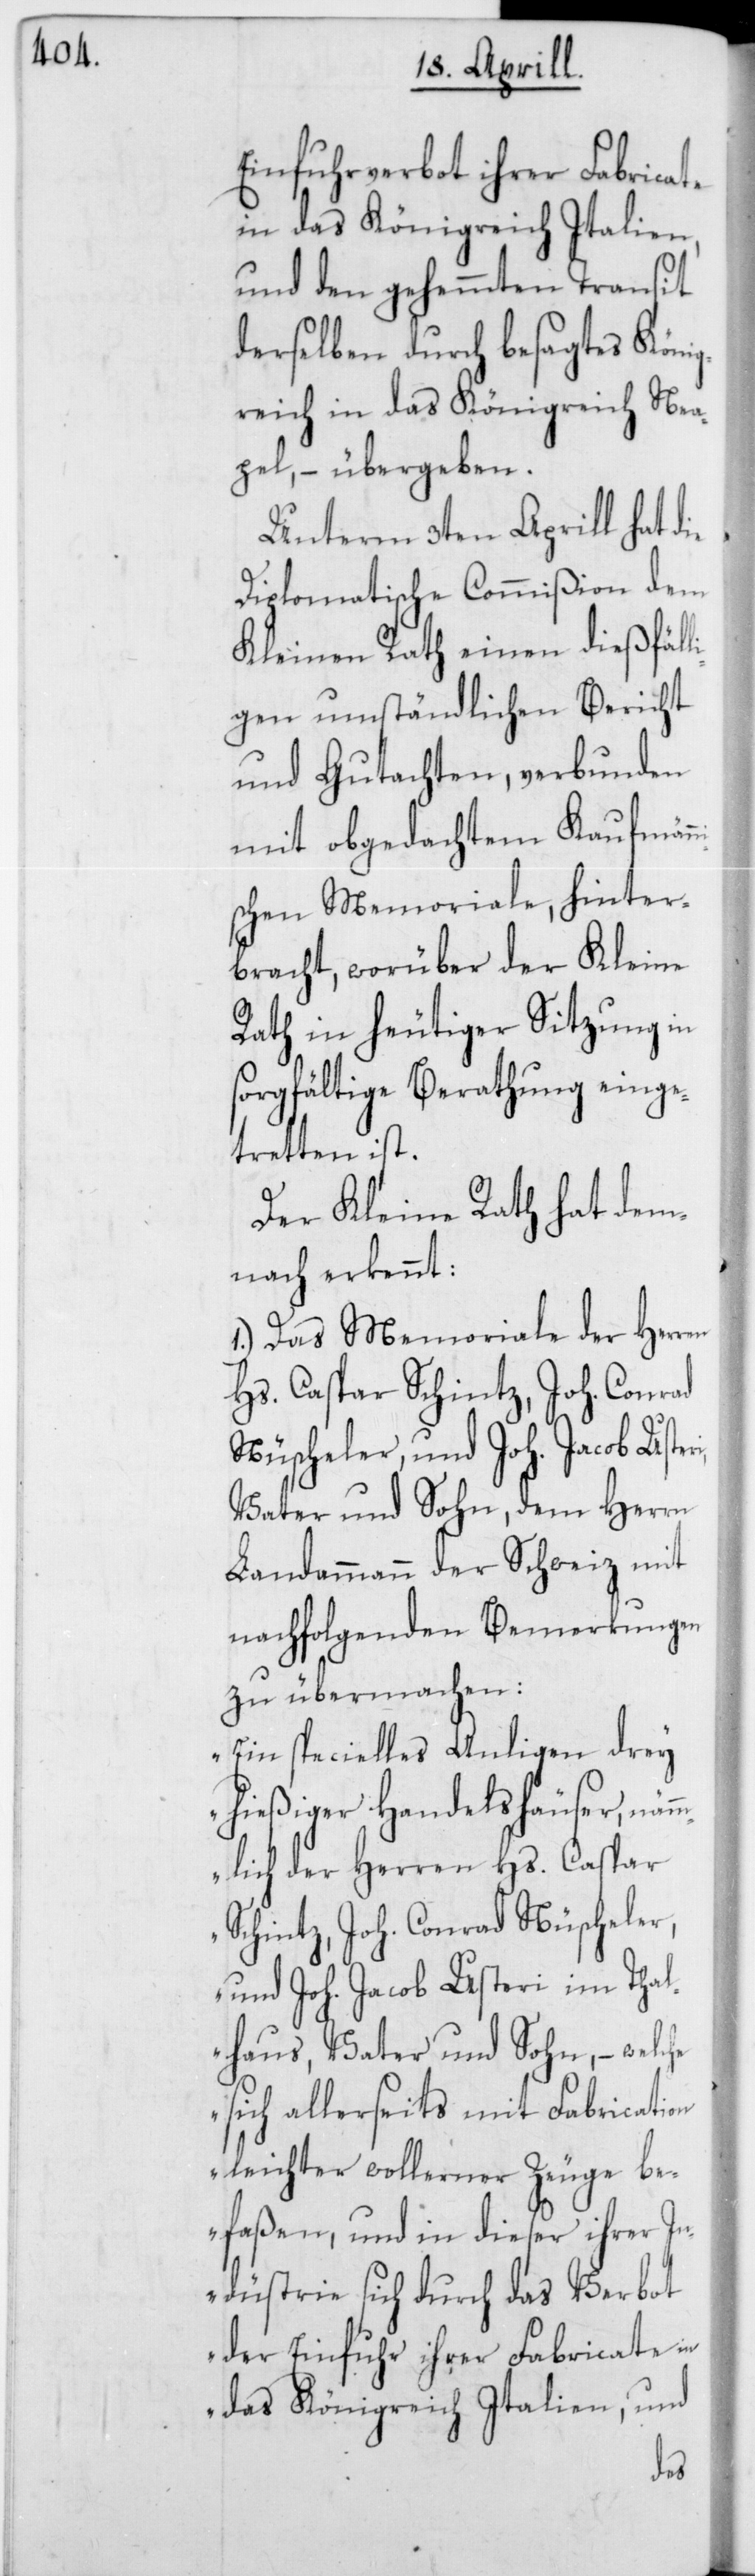
Einfuhrverbot ihrer Fabricate
in das Königreich Italien,
und den gehemmten Transit
derselben durch besagtes König¬
reich in das Königreich Nea¬
pel, – übergeben.
Unterm 3ten Aprill hat die
Diplomatische Commißion dem
Kleinen Rath einen dießfäll¬
igen umständlichen Bericht
und Gutachten, verbunden
mit obgedachtem Kaufmän¬
schen Memoriale, hinter¬
bracht, worüber der Kleine
Rath in heutiger Sitzung in
sorgfältige Berathung einge¬
tretten ist.
Der Kleine Rath hat dem¬
nach erkennt:
1.) Das Memoriale der Herren
Hs. Caspar Schintz, Joh. Conrad
Nüscheler, und Joh. Jacob Uste¬
Vater und Sohn, dem Herrn
Landammann der Schweiz mit
nachfolgenden Bemerkungen
zu übermachen:
„Ein specielles Anligen drey
hießiger Handelshäuser, näm¬
mlich der Herren Hs. Caspar
Schintz, Joh. Conrad Nüscheler
und Joh. Jacob Usteri im Thal¬
haus, Vater und Sohn, – welche
sich allerseits mit Fabrication
leichter wollerner Zeuge be¬
faßen, und in dieser ihrer In¬
dustrie sich durch das Verbot
der Einfuhr ihrer Fabricate in
das Königreich Italien, und
ri,